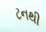
ટનથી